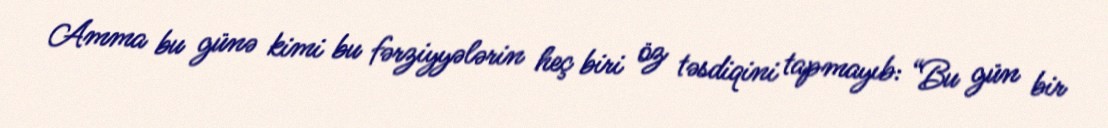
Amma bu günə kimi bu fərziyyələrin heç biri öz təsdiqini tapmayıb: “Bu gün bir